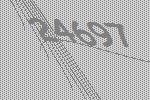
24697